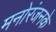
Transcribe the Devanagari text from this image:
मनोरंजनके